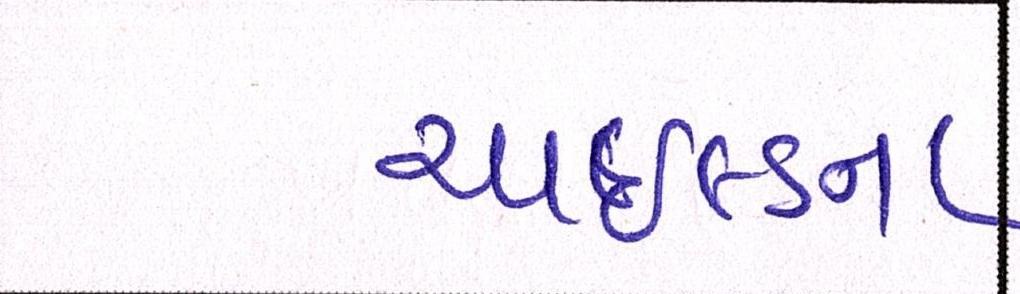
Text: ચાઇલ્ડના